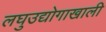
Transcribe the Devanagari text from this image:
लघुउद्योगाखाली